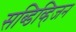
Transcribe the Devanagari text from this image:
सब्डिव्हिजन